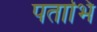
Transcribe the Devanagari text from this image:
पताभि